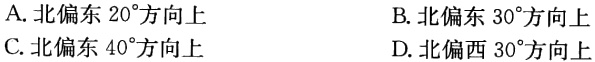
A. 北偏东 \(20^{\circ}\)方向上
B. 北偏东 \(30^{\circ}\)方向上
C. 北偏东 \(40^{\circ}\)方向上
D. 北偏西 \(30^{\circ}\)方向上